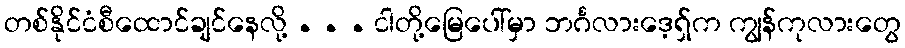
တစ်နိုင်ငံစီထောင်ချင်နေလို့ . . . ငါတို့မြေပေါ်မှာ ဘင်္ဂလားဒေ့ရှ်က ကျွန်ကုလားတွေ